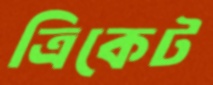
ত্রিকেট